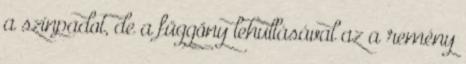
a színpadot, de a függöny lehullásával az a remény